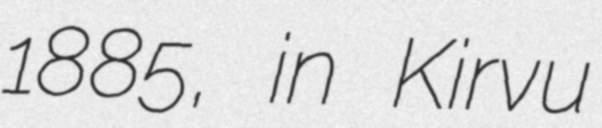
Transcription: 1885, in Kirvu